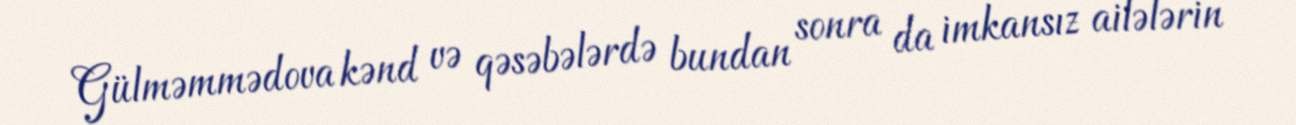
Gülməmmədova kənd və qəsəbələrdə bundan sonra da imkansız ailələrin